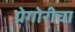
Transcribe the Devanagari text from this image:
ग्रेगोरीचा